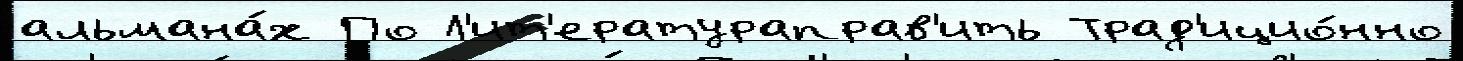
альмана́х По Л'ит'ератураправ'ить Трад'ицио́нно